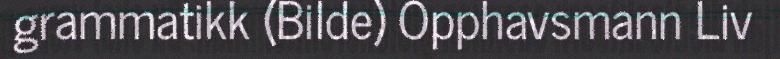
grammatikk (Bilde) Opphavsmann Liv